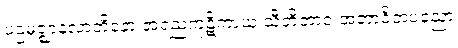
ပဌမဇ္ဈာနလာဘိနော အရညကုဋိကာယ သီတိဘာဝံ အဘာဝိတပညော